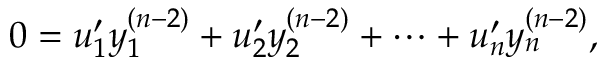
0 = u _ { 1 } ^ { \prime } y _ { 1 } ^ { ( n - 2 ) } + u _ { 2 } ^ { \prime } y _ { 2 } ^ { ( n - 2 ) } + \cdots + u _ { n } ^ { \prime } y _ { n } ^ { ( n - 2 ) } ,